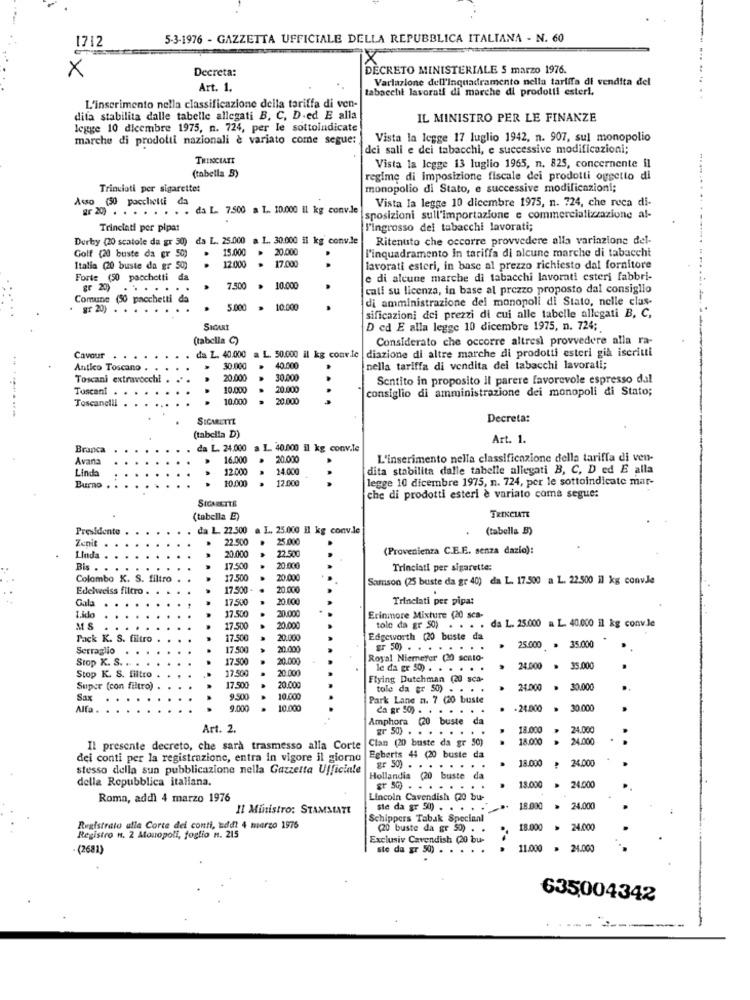
1712
5-3-1976 - GAZZETTA UFFICIALE DELLA REPUBBLICA ITALIANA - N. 60
×
Decreta:
DECRETO MINISTERIALE S marzo 1976.
Variazione dell'Inquadramento nella tariffa di vendita del
Art. 1.
tabacchi lavorati di marche di prodotti esteri.
L'inserimento nella classificazione della tariffa di ven-
dita stabilita dalle tabelle allegati B, C, D-ed E alla
IL MINISTRO PER LE FINANZE
legge 10 dicembre 1975, n. 724, per le sottoindicate
marche di prodotti nazionali è variato come segue:
Vista la legge 17 luglio 1942, n. 907, sul monopolio
dei sali e dei tabacchi, e successive modificazioni;
TRINCIATE
(tabella B)
Vista la legge 13 luglio 1965, n. 825, concernente il
regime di imposizione fiscale dei prodotti oggetto di
Trinciati per sigarette:
monopolio di Stato, e successive modificazioni;
Vista la legge 10 dicembre 1975, n. 724, che reca di-
Asso (50 pacchetti da
" ) . . . . . . . . da L. 7.500 a L. 10.000 il kg convJe
sposizioni sull'importazione e commercializzazione al-
Trinciati per pipat
l'ingrosso dei tabacchi lavorati;
Derby (20 scatole da gr 50)
da L. 25.000 a. L. 30.000 il kg conv.le
da L. 25.000
Ritenuto che occorre provvedere alla variazione del-
15.000
20.000
l'inquadramento in tariffa di alcune marche di tabacchi
Golf (20 buste da gr
.
12.000
Italia (20 buste da gr 50)
17.000
lavorati esteri, in base al prezzo richiesto dal fornitore
Forte (50 pacchetti da
e di alcune marche di tabacchi lavorati esteri fabbri-
gr 20)
..
.
..
7.500
10.000
cati su licenza, in base al prezzo proposto dal consiglio
Comune (50 pacchetti da
di amministrazione dei monopoli di Stato, nelle clas-
. . . . . . . . . .
5.000
> 10.000
sificazioni dei prezzi di cui alle tabelle allegati B, C,
SICARI
D ed E alla legge 10 dicembre 1975, n. 724;
(tabella C)
Considerato che occorre altresì provvedere alla ra-
. da L. 40.000
a L. 50.000 il kg convie diazione di altre marche di prodotti esteri già iscritti
Cavour .
Antico Toscano . .
30.000
40.000
nella tariffa di vendita dei tabacchi lavorati;
Toscani extravocchi
20.000
30.000
Sentito in proposito il parere favorevole espresso dal
Tuscani . . . .
10.000
20.000
consiglio di amministrazione dei monopoli di Stato;
10.000
20.000
....
..........
Toscanelli
SIGARETTE
Decreta:
(tabella D)
Art. 1.
Branca
da L. 24.000 a 1. 40.000 il kg conv.le
Avana
16.000
20.000
L'inserimento nella classificazione della tariffa di ven-
Linda
12.000
14.000
dita stabilita dalle tabelle allegati B, C, D ed E alla
10.000
2.000
...
legge 10 dicembre 1975, n. 724, per le sottoindicate mar-
Burno
che di prodotti esteri è variato coma segue:
(tabella E)
TRINCIATE
Presidente
da L. 22.500 a L. 25.000 H1 kg conv.le
(tabella B)
Zenit .
22.500
25.000
(Provenienza C.E.E. senza dazio):
Linda .
20.000
22.500
Bis .
17.500
20,000
Trinciati per sigarette:
Colombo K. S. filtro
17.500
20.000
Samson (25 buste da gr 40) da L. 17.500 a L. 22.500 il kg convJe
Edelweiss filtro .
17.500
20.000
Gala
17.500
20.000
Trinciati per pipa:
20.000
17.500
Erinmore Mixture (20 sca-
tole da gr 50) . . . . da L. 25.000 a L. 40.000 il kg conv.le
MS
17.500
20.000
Pack K. S. filtro
17.50
20.000
Edgeworth (20 buste da
Serraglio
17.500
20.000
gr 50) .
25.000 = 35.000
Stop K. S. . .
...
17.50
20.000
Royal Niemeyer (20 scalo-
17.500
20.000
le da gr 59) . . . . . .
24.000 . 35.000
Stop K. S. filtro
Flying Dutchman (20 sca-
Super (con filtro)
17.500
20.000
tole da er S0) . . . .
24.000 = 30.000
Sax
9.900
10.000
Park Lane n. 7 (20 buste
Alfa .
9.000
..
10.000
da gr 50) . . . . . . .
.
-24.000 = 30.000
Amphora (20 buste da
Art. 2.
gr 50) ...
.....
18.00
24.000
Clan (20 buste da gr 50)
18.000
24.000
Il presente decreto, che sarà trasmesso alla Corte
dei conti per la registrazione, entra in vigore il giorno
Egberts 44 (20 buste da
18.00
24.000
stesso della sua pubblicazione nella Gazzetta Ufficiale
gr 50) . . . . . . . .
della Repubblica italiana.
Hollandia (20 buste da
13.000
> 24.000
Roma, addì 4 marzo 1976
Lincoln Cavendish (20 bu-
Il Ministro: STAMMLATE
sie da gr 50) . . . .
18.000
24.000
Schippers Tabak Specianl
Registrato alla Corte dei conti, uddi 4 marzo 1976
(20 buste da gr 50) . .
18.000 > 24.000
Registro N. 2 Atouopoli, foglio n. 215
Exclusiv Cavendish (20 bu-
.(2681)
ste da gr 50) . . .
...
..
11.000 = 24.000
635004342
-